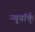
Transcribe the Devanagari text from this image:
न्यूयॉर्क्